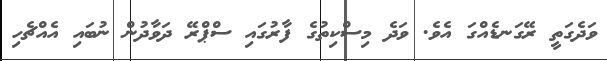
ވަދެގަތީ ރޭގަނޑެއްގަ އެވެ. ވަދެ މިސްކިތުގެ ފާރުގައި ސްޕްރޭ ދަވާދުން ނުބައި އެއްޗެހި